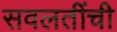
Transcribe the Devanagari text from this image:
सवलतींची